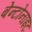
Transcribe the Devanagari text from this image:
बेन्टोनाइट